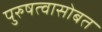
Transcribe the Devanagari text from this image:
पुरुषत्वासोबत